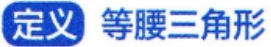
定义 等腰三角形